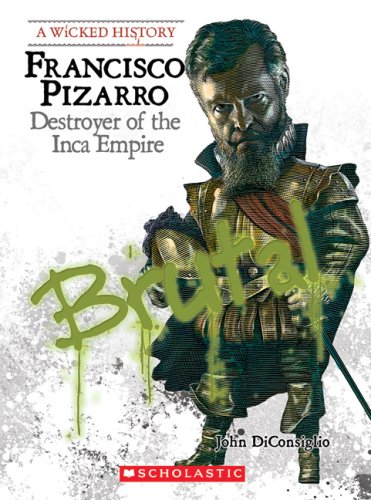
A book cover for Francisco Pizarro: Destroyer of the Inca Empire (Wicked History); John DiConsiglio; Children's Books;